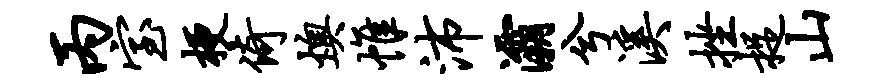
丙室梗倚燠帷沛灞兮溪挫捉山